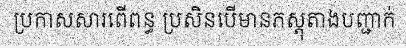
ប្រកាសសារពើពន្ធ ប្រសិនបើមានភស្តុតាងបញ្ជាក់